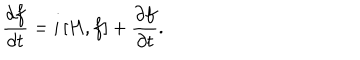
\frac { d f } { d t } = i \, [ H , f ] + \frac { \partial f } { \partial t } .